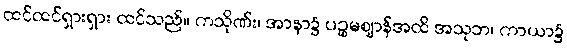
ထင်ထင်ရှားရှား ထင်သည်။ ကသိုဏ်း၊ အာနာ၌ ပဉ္စမဈာန်အထိ အသုဘ၊ ကာယာ၌